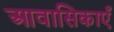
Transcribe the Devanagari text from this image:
आवासिकाएँ